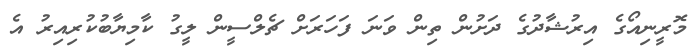
މޮރީނިއޯގެ އިރުޝާދުގެ ދަށުން ތިން ވަނަ ފަހަރަށް ޗެލްސީން ލީގު ކާމިޔާބުކުރިއިރު އެ